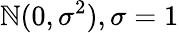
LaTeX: \mathbb{N}(0,\sigma^{2}),\sigma=1